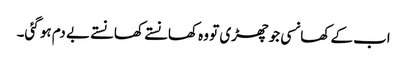
اب کے کھانسی جو چھڑی تو وہ کھانستے کھانستے بے دم ہو گئی۔